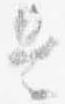
是